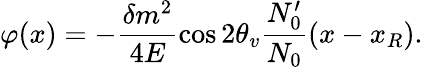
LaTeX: \varphi(x)=-\frac{\delta m^{2}}{4E}\cos{2\theta_{v}}\frac{N_{0}^{\prime}}{N_{0}}(x-x_{R}).